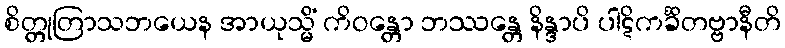
စိတ္တုတြာသဘယေန အာယုသ္မိံ ကိဝန္တော ဘဿန္တေ နိန္ဒာပိ ပါဋိကင်္ခိတဗ္ဗာနီတိ